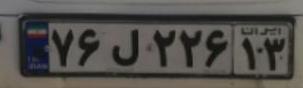
۷۶ل۲۲۶۱۳